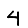
Digit: 4